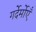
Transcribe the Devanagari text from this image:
गर्देर्मोएँ